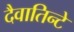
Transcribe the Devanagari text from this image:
दैवातिन्टे